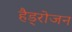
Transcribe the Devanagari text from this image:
हैड्रोजन